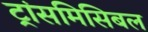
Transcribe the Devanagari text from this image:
ट्रांसमिसिबल